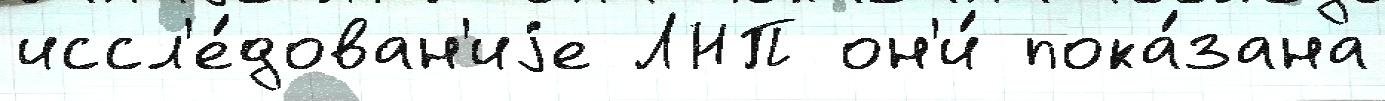
иссл'е́дован'иjе ЛНП он'и́ пока́зана